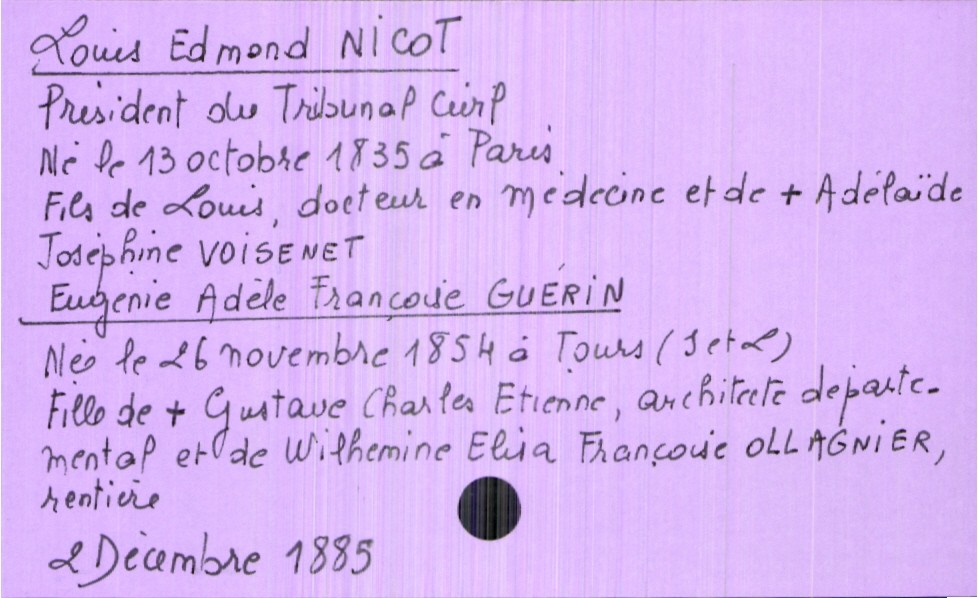
type_acte: Mariage
année: 1885
mois: décembre
jour: 2
marié_nom: Nicot
marié_prénom: Louis Edmond
marié_profession: président du tribunal civil
marié_date_de_naissance: 13 octobre 1835
marié_lieu_de_naissance: Paris
père_marié_nom: Nicot
père_marié_prénom: Louis
père_marié_profession: docteur en médecine
mère_marié_nom: Voisenet
mère_marié_prénom: Adélaïde Joséphine
mère_marié_statut: décédée
mariée_nom: Guérin
mariée_prénom: Eugénie Adèle Françoise
mariée_date_de_naissance: 26 novembre 1854
mariée_lieu_de_naissance: Tours (Indre et Loire)
père_mariée_nom: Guérin
père_mariée_prénom: Gustave Charles Etienne
père_mariée_profession: architecte départementale
père_mariée_statut: décédé
mère_mariée_nom: Ollagnier
mère_mariée_prénom: Wilhemine Elisa Françoise
mère_mariée_profession: rentière